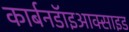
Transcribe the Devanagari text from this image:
कार्बनडॅाइआक्साइड